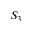
S _ { 3 }